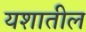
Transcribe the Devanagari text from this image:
यशातील